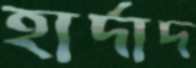
হার্দাদ